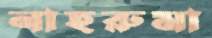
নাহরুমা